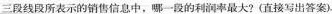
三段线段所表示的销售信息中，哪一段的利润率最大?(直接写出答案)